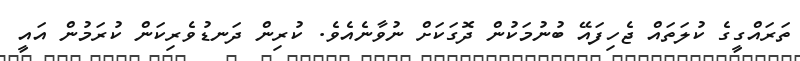
ތަރައްގީގެ ކުލަތައް ޖެހިފައޭ ބުނުމަކުން ދޮގަކަށް ނުވާނެއެވެ. ކުރިން ދަނޑުވެރިކަން ކުރަމުން އައީ